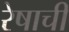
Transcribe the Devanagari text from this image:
रेषाची